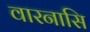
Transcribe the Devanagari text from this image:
वारनासि